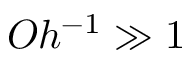
O h ^ { - 1 } \gg 1